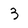
Character: 3